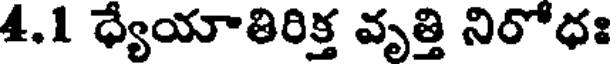
4.1 ధ్యయాతిరిక్త వృత్తి నిరోధః